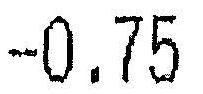
-0.75